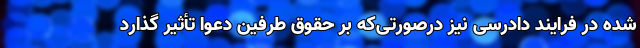
شده در فرایند دادرسی نیز درصورتی‌که بر حقوق طرفین دعوا تأثیر گذارد